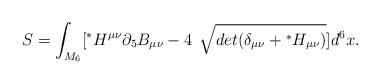
LaTeX: \begin{align*}S=\int_{M_6}[{}^*H^{\mu\nu}\partial_5 B_{\mu\nu}-4 {\hskip0.3cm}\sqrt[]{det(\delta_{\mu\nu}+{}^*H_{\mu\nu})}]d^6x.\end{align*}